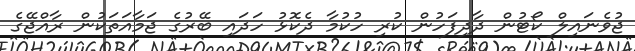
ޖުވެނައިލް ކޯޓުން ދާދިފަހުން ކުރި ހުކުމާ ދެކޮޅު ހަދައި ބޭރުގެ ޖަމާއަތަކުން ރާއްޖޭގެ